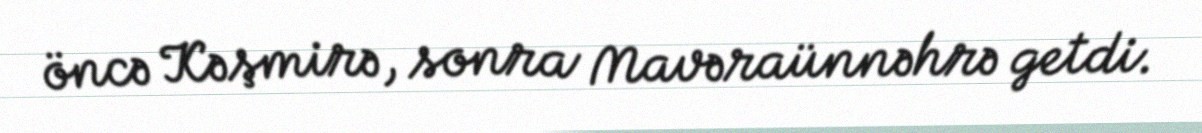
öncə Kəşmirə, sonra Mavəraünnəhrə getdi.